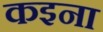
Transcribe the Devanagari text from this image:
कइना